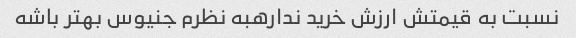
نسبت به قیمتش ارزش خرید ندارهبه نظرم جنیوس بهتر باشه